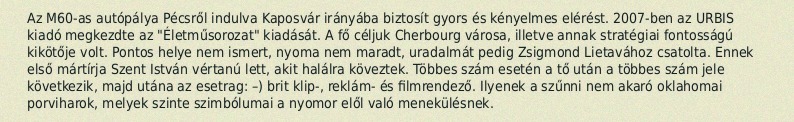
Az M60-as autópálya Pécsről indulva Kaposvár irányába biztosít gyors és kényelmes elérést. 2007-ben az URBIS kiadó megkezdte az "Életműsorozat" kiadását. A fő céljuk Cherbourg városa, illetve annak stratégiai fontosságú kikötője volt. Pontos helye nem ismert, nyoma nem maradt, uradalmát pedig Zsigmond Lietavához csatolta. Ennek első mártírja Szent István vértanú lett, akit halálra köveztek. Többes szám esetén a tő után a többes szám jele következik, majd utána az esetrag: –) brit klip-, reklám- és filmrendező. Ilyenek a szűnni nem akaró oklahomai porviharok, melyek szinte szimbólumai a nyomor elől való menekülésnek.